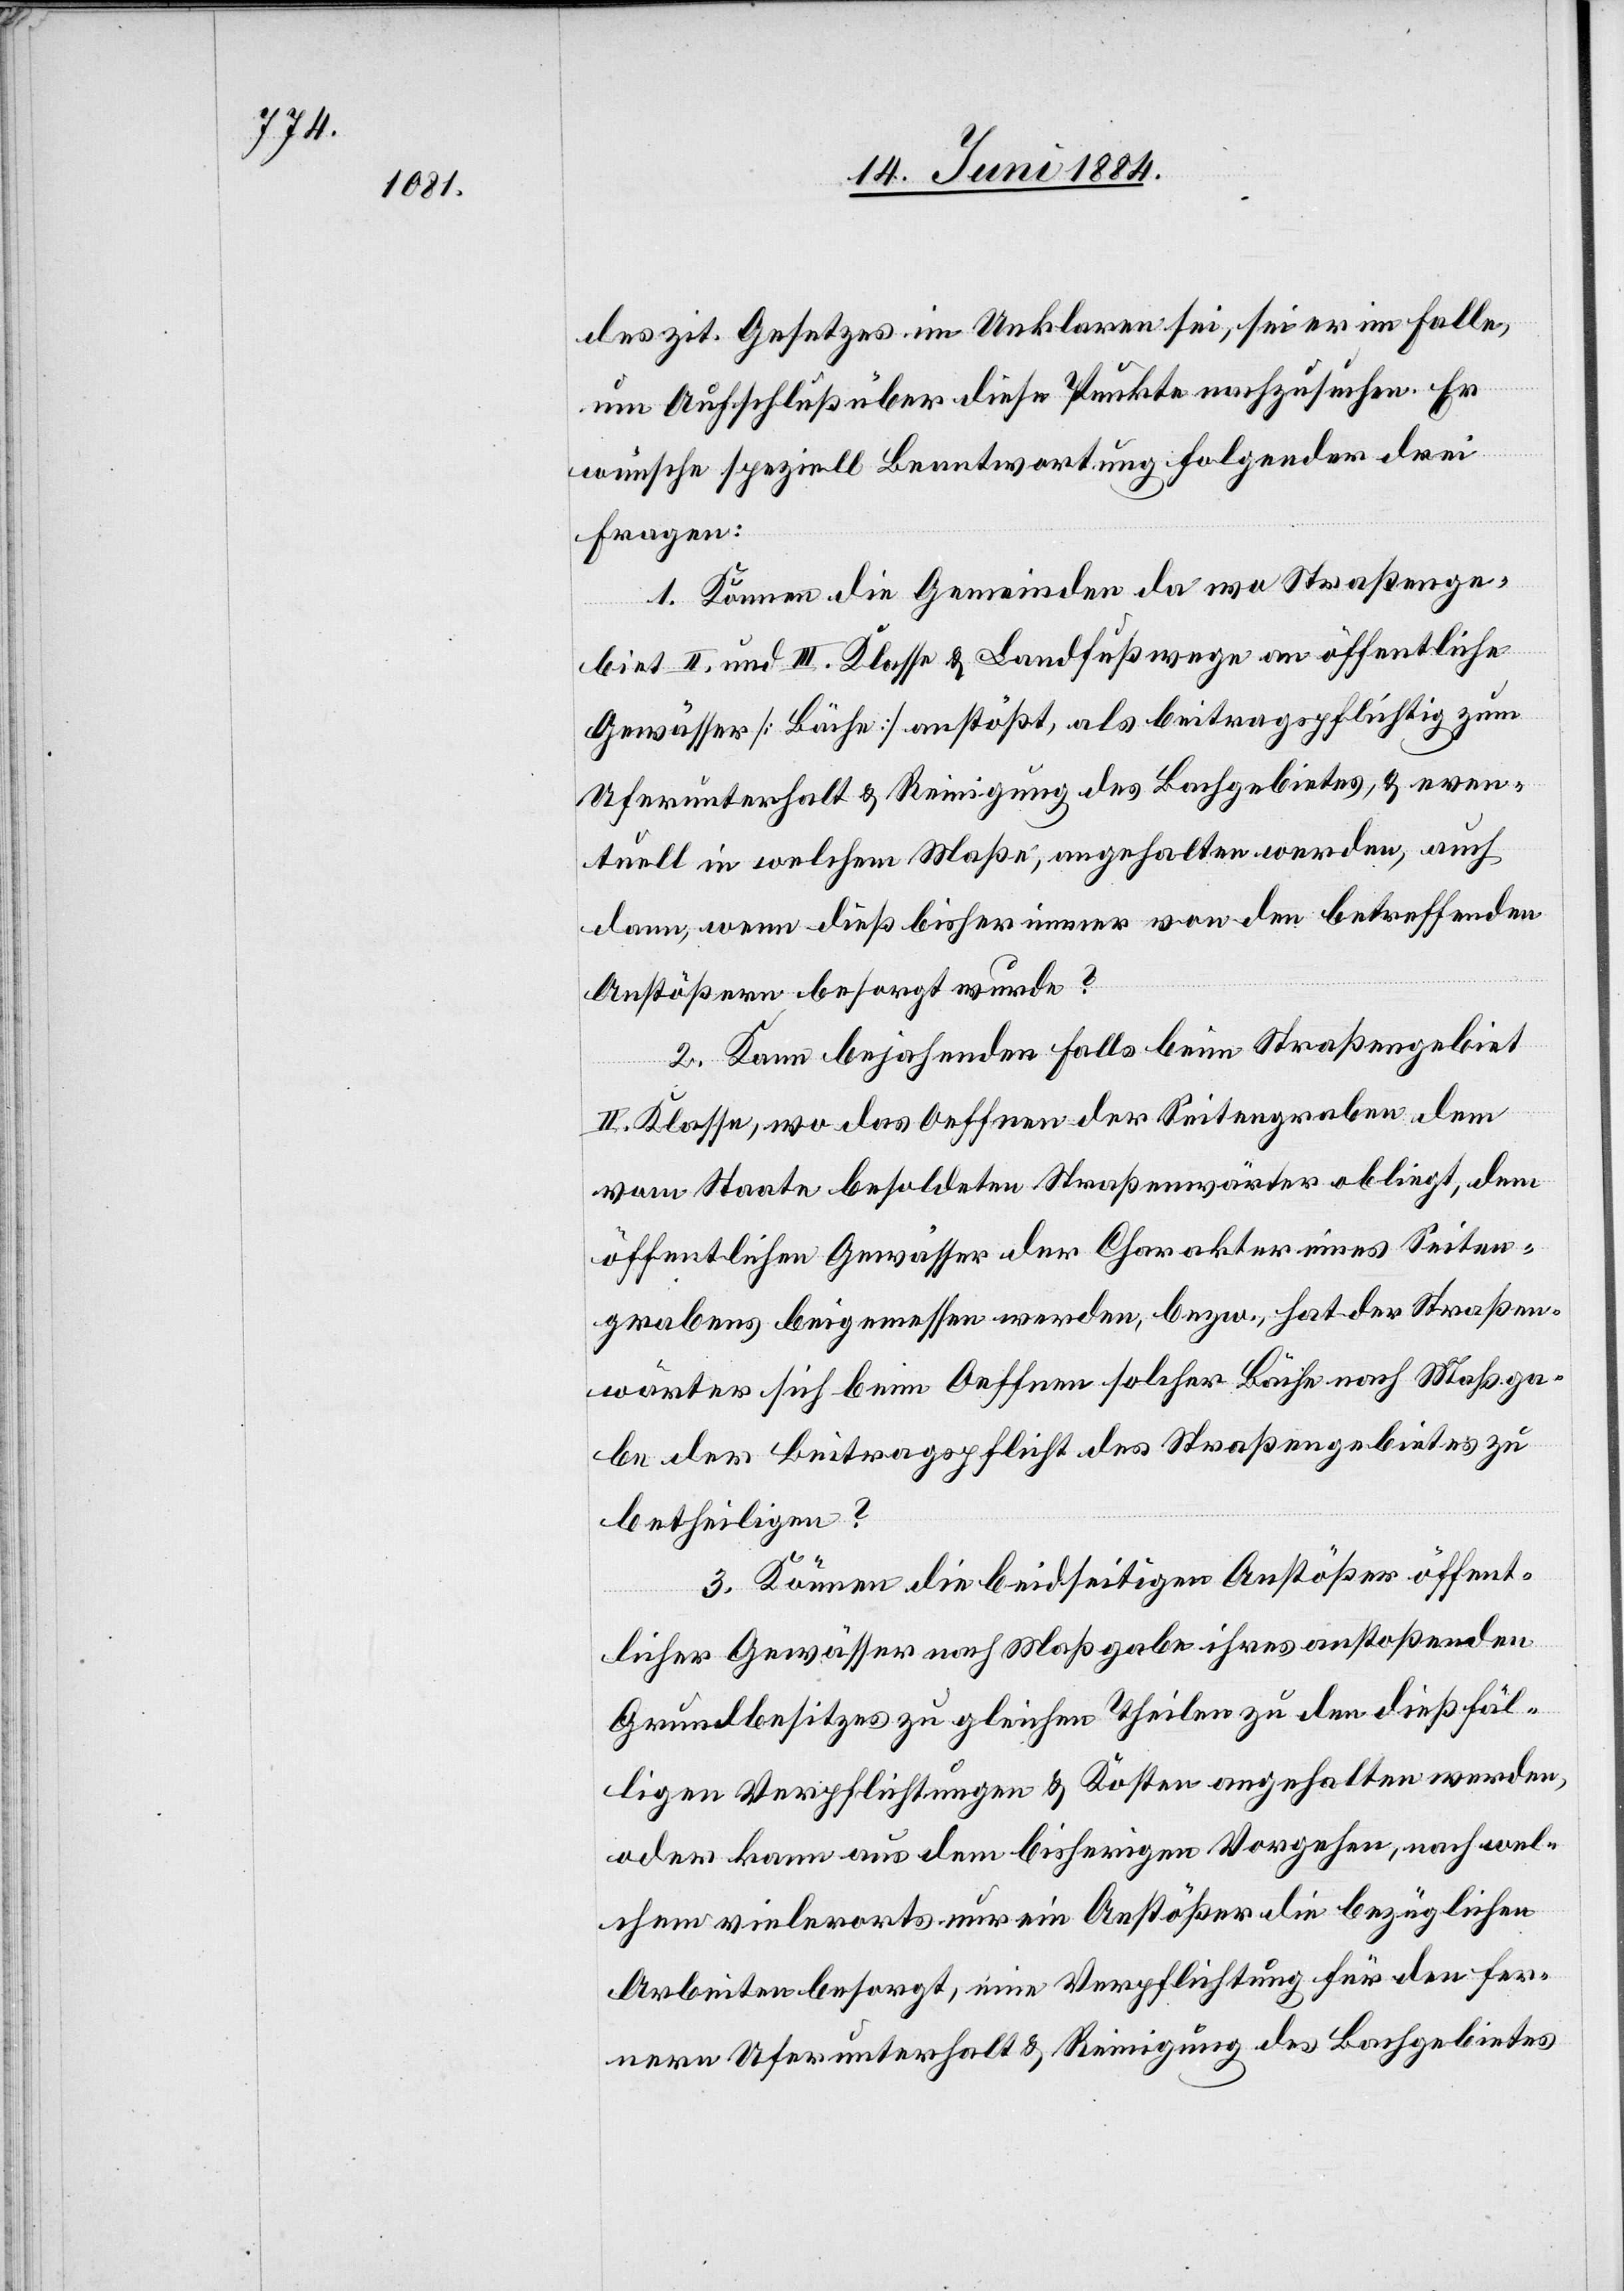
des zit. Gesetzes im Unklaren sei, sei er im Falle,
um Aufschluß über diese Punkte nachzusuchen. Er
wünsche speziell Beantwortung folgender drei
Fragen:
1. Können die Gemeinden da wo Straßenge¬
biet II. und III. Klasse & Landfußwege an öffentliche
Gewässer [Bäche] anstößt, als beitragspflichtig zum
Uferunterhalt & Reinigung des Bachgebietes, & even¬
tuell in welchem Maße, angehalten werde, auch
dann, wenn dieß bisher immer von den betreffenden
Anstößern besorgt wurde?
2. Kann bejahenden Falls beim Straßengebiet
II. Klasse, wo das Oeffnen der Seitengraben dem
vom Staate besoldeten Straßenwärter obliegt, dem
öffentlichen Gewässer der Charakter eines Seiten¬
grabens beigemessen werden, bezw., hat der Straßen¬
wärter sich beim Oeffnen solcher Bäche nach Maßga¬
be der Beitragspflicht des Straßengebietes zu
betheiligen?
3. Können die beidseitigen Anstößer öffent¬
licher Gewässer nach Maßgabe ihres anstoßenden
Grundbesitzes zu gleichen Theilen zu den dießfäl¬
ligen Verpflichtungen & Kosten angehalten werden,
oder kann aus dem bisherigen Vorgehen, nach wel¬
chem vielerorts nur ein Anstößer die bezüglichen
Arbeiten besorgt, eine Verpflichtung für den fer¬
nern Uferunterhalt & Reinigung des Bachgebietes